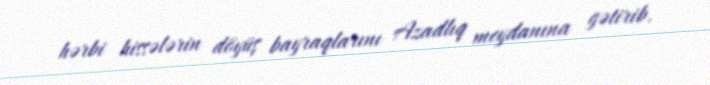
hərbi hissələrin döyüş bayraqlarını Azadlıq meydanına gətirib.